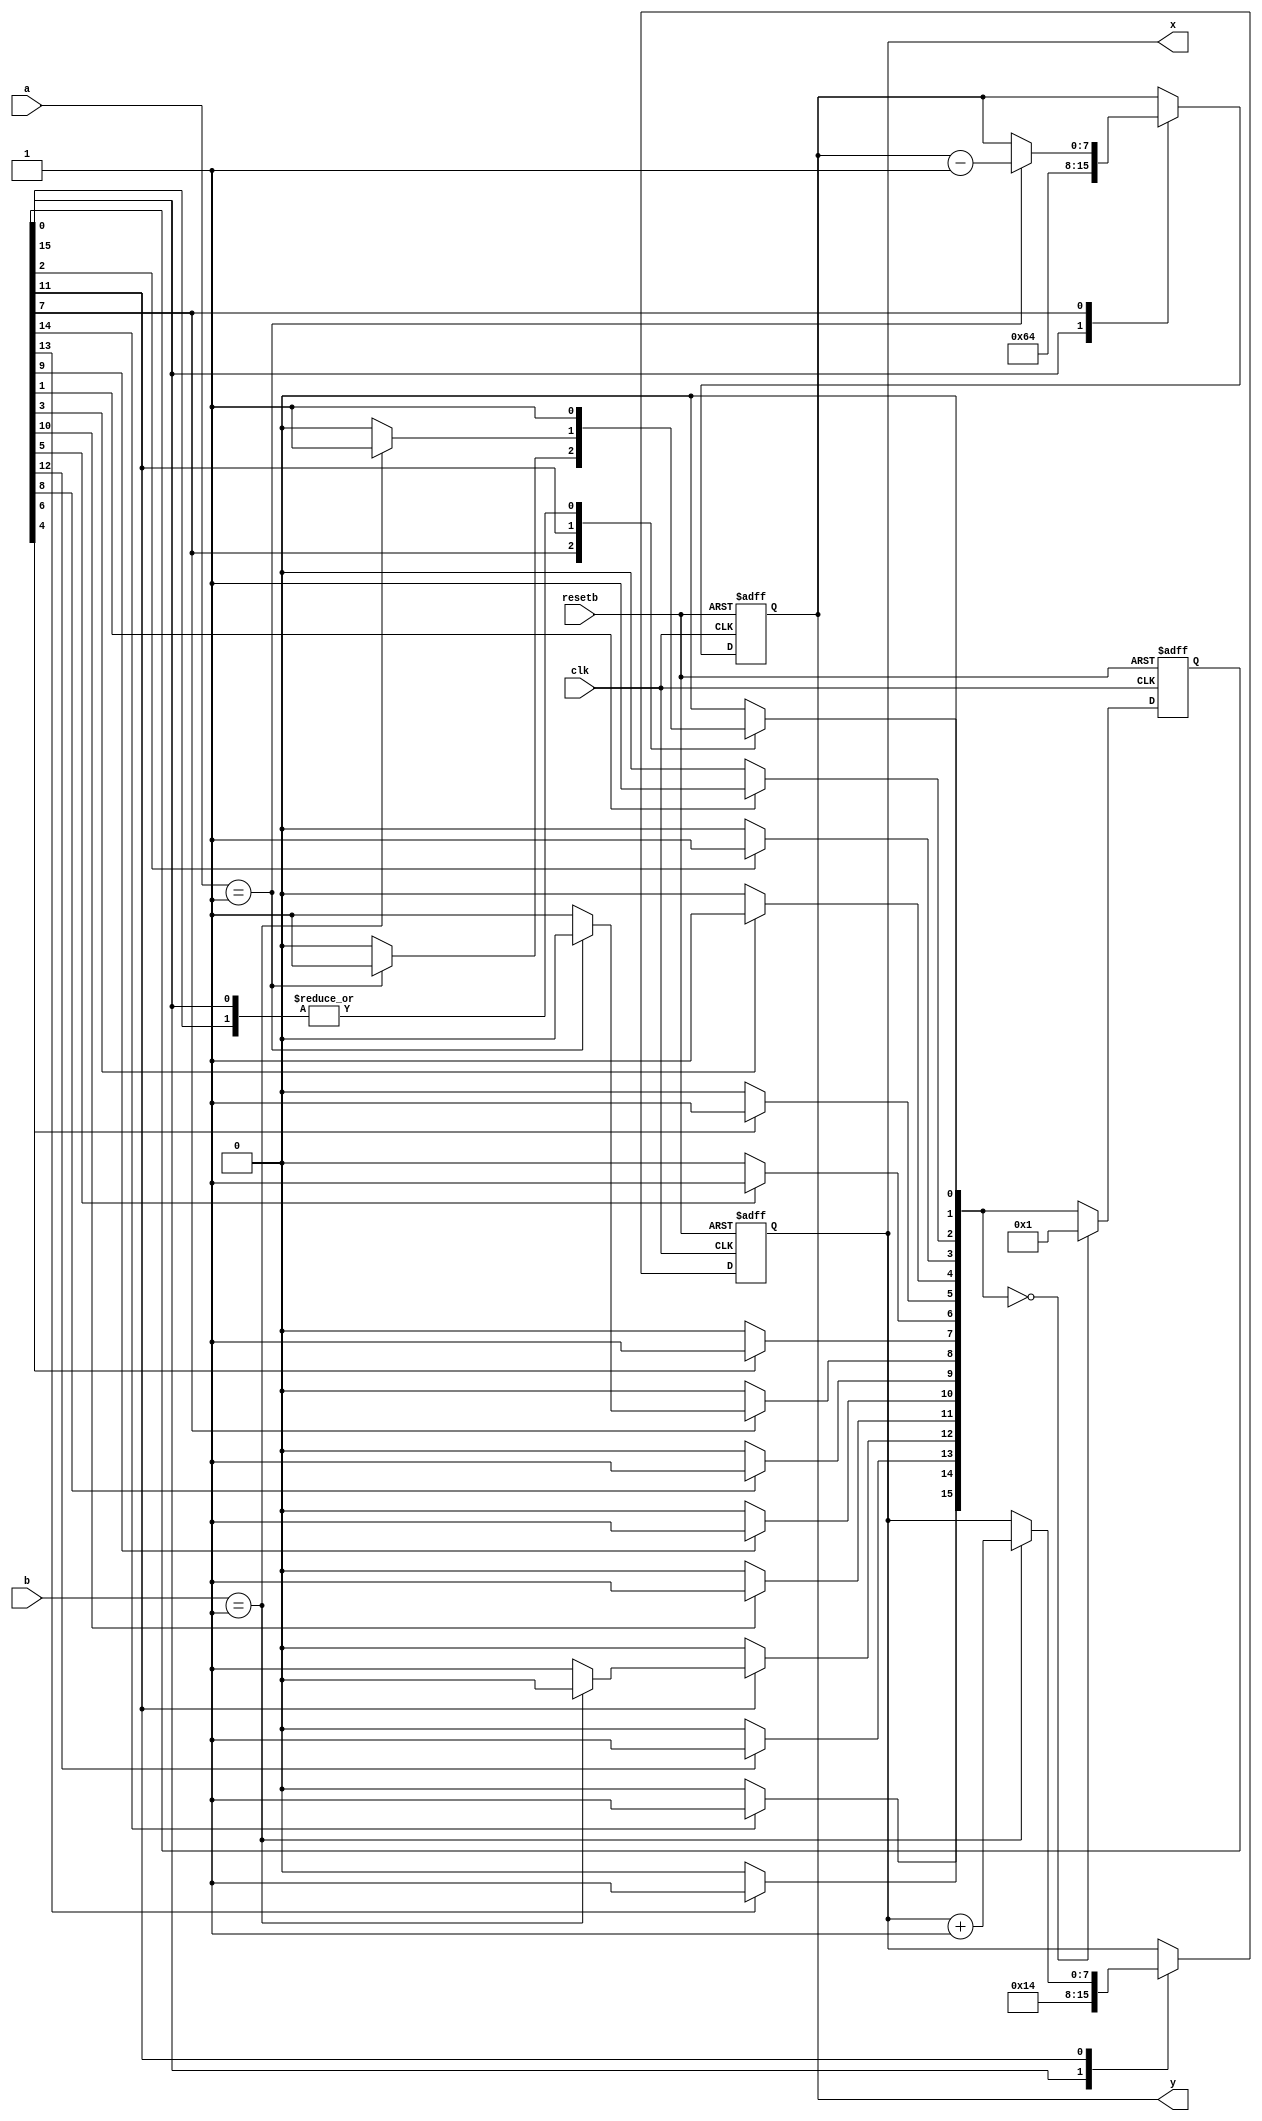
module onehot (clk, resetb, a, b, x, y);

input clk;
input resetb;
input [7:0] a;
input [7:0] b;
output [7:0] x;
output [7:0] y;

// Use One-Hot encoding.  There will be 16 states.
//
reg [15:0] state, next_state;

// These are working registers.  Declare the register itself (e.g. 'x') and then
// the input bus used to load in a new value (e.g. 'x_in').  The 'x_in' bus will
// physically be a wire bus and 'x' will be the flip-flop register ('x_in' must
// be declared 'reg' because it's used in an always block.
//
reg [7:0] x, x_in;
reg [7:0] y, y_in;

// Update state.  'state' is the actual flip-flop register and next_state is the combinatorial
// bus used to update 'state''s value.  Check for the ZERO state which means an unexpected
// next state was computed.  If this occurs, jump to our initialization state; state[0].
//
// It is considered good practice by many designers to seperate the combinatorial
// and sequential aspects of state registers, and often registers in general.
//
always @(posedge clk or negedge resetb) begin
   if (~resetb) state = 0;
   else begin
      if (next_state == 0) begin
         state = 16'h0001;
      end
      else begin
         state = next_state;
      end
   end
end

// Implement the X flip-flop register.  Always load the input bus into the register.
// Reset to zero.
//
always @(posedge clk or negedge resetb) begin
   if (~resetb) x = 0;
   else         x = x_in;
end

// Implement the Y flip-flop register.  Always load the input bus into the register.
// Reset to zero.
//
always @(posedge clk or negedge resetb) begin
   if (~resetb) y = 0;
   else         y = y_in;
end

// Generate the next_state function.  Also, based on the current state, generate
// any new values for X and Y.
//
always @(state or a or b or x or y) begin
   // *** Establish defaults.

   // Working registers by default retain their current value.  If any particular
   // state does NOT need to change a register, then it doesn't have to reference
   // the register at all.  In these cases, the default below takes affect.  This
   // turns out to be a pretty succinct way to control stuff from the FSM.
   //
   x_in = x;
   y_in = y;

   // State by default will be cleared.  If we somehow ever got into an unknown
   // state, then the default would throw state machine back to zero.  Look
   // at the sequential 'always' block for state to see how this is handled.
   //
   next_state = 0;

   // One-Hot State Machine Encoding.
   //
   // *** Using a 1'b1 in the case statement is the trick to doing One-Hot...
   //     DON'T include a 'default' clause within the case because we want to
   //     establish the defaults above. ***
   //
   case (1'b1) // synopsys parallel_case

      // Initialization state.  Set X and Y register to some interesting starting values.
      //
      state[0]:
         begin
            x_in = 8'd20;
            y_in = 8'd100;
            next_state[1] = 1'b1;
         end

      // Just for fun.. Jump through states..
      state[1]: next_state[2] = 1'b1;
      state[2]: next_state[3] = 1'b1;
      state[3]: next_state[4] = 1'b1;
      state[4]: next_state[5] = 1'b1;
      state[5]: next_state[6] = 1'b1;
      state[6]: next_state[7] = 1'b1;

      // Conditionally decrement Y register.
      state[7]:
         begin
            if (a == 1) begin
               y_in = y - 1;
               next_state[1] = 1'b1;
            end
            else begin
               next_state[8] = 1'b1;
            end
         end

      // Just for fun.. Jump through states..
      state[8]: next_state[9]   = 1'b1;
      state[9]: next_state[10]  = 1'b1;
      state[10]: next_state[11] = 1'b1;

      // Conditionally increment X register.
      state[11]:
         begin
            if (b == 1) begin
               x_in = x + 1;
               next_state[1] = 1'b1;
            end
            else begin
               next_state[12] = 1'b1;
            end
         end

      // Just for fun.. Jump through states..
      state[12]: next_state[13] = 1'b1;
      state[13]: next_state[14] = 1'b1;
      state[14]: next_state[15] = 1'b1;
      state[15]: next_state[1]  = 1'b1; // Don't go back to our
                                        // initialization state, but state
                                        // following that one.
    endcase
end
endmodule